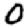
Digit: 0